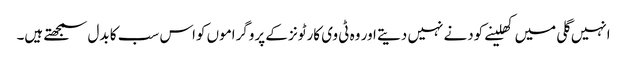
انہیں گلی میں کھلینے کودنے نہیں دیتے اور وہ ٹی وی کارٹونز کے پروگراموں کواس سب کا بدل سمجھتے ہیں۔